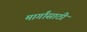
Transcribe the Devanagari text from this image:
मार्गांसाठी